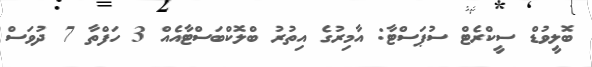
ބޮލީވުޑް ސީކްރެޓް ސުޕަސްޓާ: އާމިރުގެ އިތުރު ބްލޮކްބަސްޓާއެއް 3 ހަފްތާ 7 ދުވަސް